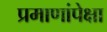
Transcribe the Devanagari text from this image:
प्रमाणांपेक्षा